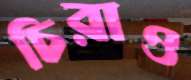
চিরাও